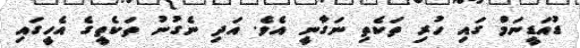
ޑުއަޑީނަމް ގައި ހުރި ތަކެތި ނަގާނީ އެވެ. އަދި ނެގުނު ތަކެތީގެ އެހީގައި